system: You are a helpful assistant.
user:
Analyze the provided spectrum to determine if it is a **White Dwarf (WD)**.

A White Dwarf spectrum is defined by its **extreme purity** (due to gravitational settling) and/or **extreme pressure broadening** (due to high surface gravity). You must check for one of the following mutually exclusive signatures:

- **Key Visual Indicators (Check for ONE of these types):**

    - **1. DA-Type Signature (Most Common):**
        - **(Primary Feature):** Extreme pressure broadening (Stark broadening) of the **Hydrogen (H) Balmer lines**.
        - **(Key Lines):** $H\beta$ (approx. $4861$ Å) and $H\gamma$ (approx. $4340$ Å). $H\alpha$ (approx. $6563$ Å) will also be present if the wavelength range covers it.
        - **(Line Profile):** This is the **defining feature**. The lines are **NOT** sharp. They appear as massive, **extremely broad and deep "troughs" or "dips"** in the spectrum, often hundreds of Ångströms wide. The continuum will appear to "scoop" down at these wavelengths.
        - **(Distinction):** Normal A-type or B-type stars have *narrow* and *sharp* Hydrogen lines. A DA White Dwarf's lines are unmistakably "smeared" or "blurry" from pressure.

    - **2. DB-Type Signature:**
        - **(Primary Feature):** Broad absorption lines from **Neutral Helium (He I)**. The spectrum must lack any visible Hydrogen lines.
        - **(Key Lines):** Look for broad absorption near $4471$ Å, $4921$ Å, and $5876$ Å.
        - **(Line Profile):** These lines are also significantly pressure-broadened, appearing much wider than they would in a normal B-type main-sequence star.

    - **3. DC-Type Signature:**
        - **(Primary Feature):** A **featureless continuous spectrum**.
        - **(Line Profile):** The spectrum is a smooth curve with **no significant absorption or emission lines**.
        - **(Key Confirmation):** The continuum is almost always **blue or white**, indicating a hot object. This signature implies the atmosphere is so pure (or so cool) that no spectral lines are visible in the optical range. Its WD identity is confirmed by its extremely low intrinsic brightness (high absolute magnitude).

    - **4. DZ-Type Signature (Metal-Polluted):**
        - **(Primary Feature):** **Isolated, narrow metal absorption lines** on an otherwise featureless (DC-like) continuum.
        - **(Key Lines):** The **Calcium (Ca II) H & K doublet** (approx. **$3934$ Å** and **$3968$ Å**) is the most common and defining feature.
        - **(Line Profile):** These lines are "out of place." They are *not* part of a "forest" of thousands of lines. This signature is evidence of recent *accretion* (pollution) from rocky debris.
        - **(Distinction):** Normal G/K/M stars have a *dense forest* of thousands of metal lines. A DZ has a *clean* continuum with *only a few* strong metal lines.

    - **5. DQ-Type Signature (Carbon-Polluted):**
        - **(Primary Feature):** Absorption bands from **Carbon (C₂ "Swan Bands" or atomic C I)**.
        - **(Key Lines - C₂):** Look for bandheads with a "saw-tooth" shape near $5635$ Å, **$5165$ Å** (strongest), and $4737$ Å.
        - **(Key Confirmation):** The underlying **continuum must be blue or white** (hot).
        - **(Distinction):** This is the critical difference from a **Carbon Star**, which has the *exact same* C₂ bands but on an extremely **red, cool** continuum.

- **(Overall Spectrum):**
    - The continuum (overall shape) is typically **blue-sloping** (brighter in the blue than the red), as most white dwarfs are very hot.
    - The spectrum will look "pure" or "simple," dominated by only *one* of the five signatures listed above.

Think first, call **spectral_visualization_tool** if needed to examine features in detail, then provide your final answer. Your response must adhere to the following strict rules:
1.  **Overall Structure:** Your response must follow the format `<think>...</think> <tool_call>...</tool_call> (if a tool is used) <answer>...</answer>`.
2.  **Tool Usage Constraint:** You may only make **one** tool call per turn.
3.  **Final Answer Format:** In the `<answer>` tag, your conclusion must be inside a `\boxed{}` command (e.g., `\boxed{YES}` or `\boxed{NO}`), followed by your justification.

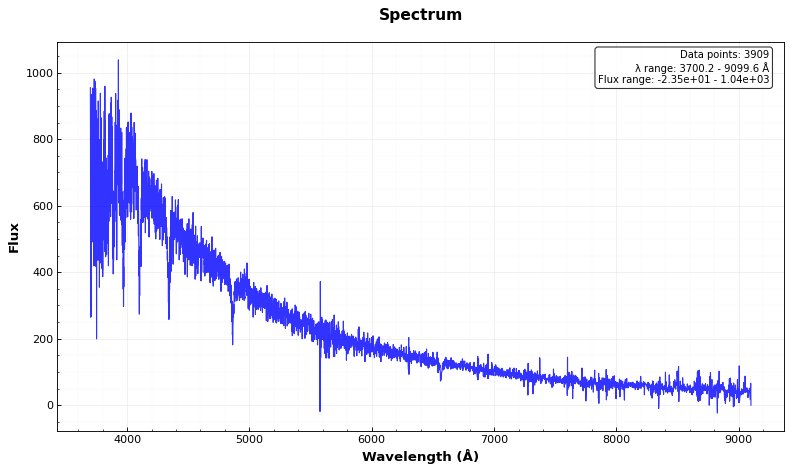
Answer: YES